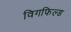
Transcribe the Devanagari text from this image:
विगफिल्ड